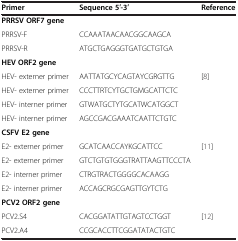
<table><thead><tr><td><b>Primer</b></td><td><b>Sequence 5′-3′</b></td><td><b>Reference</b></td></tr></thead><tbody><tr><td><b>PRRSV ORF7 gene</b></td><td> </td><td> </td></tr><tr><td>PRRSV-F</td><td>CCAAATAACAACGGCAAGCA</td><td rowspan="2"> </td></tr><tr><td>PRRSV-R</td><td>ATGCTGAGGGTGATGCTGTGA</td></tr><tr><td><b>HEV ORF2 gene</b></td><td> </td><td> </td></tr><tr><td>HEV- externer primer</td><td>AATTATGCYCAGTAYCGRGTTG</td><td rowspan="4">[8]</td></tr><tr><td>HEV- externer primer</td><td>CCCTTRTCYTGCTGMGCATTCTC</td></tr><tr><td>HEV- interner primer</td><td>GTWATGCTYTGCATWCATGGCT</td></tr><tr><td>HEV- interner primer</td><td>AGCCGACGAAATCAATTCTGTC</td></tr><tr><td><b>CSFV E2 gene</b></td><td> </td><td> </td></tr><tr><td>E2- externer primer</td><td>GCATCAACCAYKGCATTCC</td><td rowspan="4">[11]</td></tr><tr><td>E2- externer primer</td><td>GTCTGTGTGGGTRATTAAGTTCCCTA</td></tr><tr><td>E2- interner primer</td><td>CTRGTRACTGGGGCACAAGG</td></tr><tr><td>E2- interner primer</td><td>ACCAGCRGCGAGTTGYTCTG</td></tr><tr><td><b>PCV2 ORF2 gene</b></td><td> </td><td> </td></tr><tr><td>PCV2.S4</td><td>CACGGATATTGTAGTCCTGGT</td><td rowspan="2">[12]</td></tr><tr><td>PCV2.A4</td><td>CCGCACCTTCGGATATACTGTC</td></tr></tbody></table>